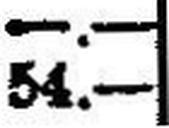
54.—